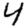
Digit: 4